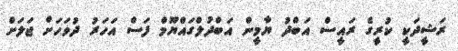
ރަޝީދަކީ ކުރީގެ ރައީސް އަބްދު ޔާމީން އަބްދުލްގައްޔޫމް ފަސް އަހަރު ދުވަހަށް ޖަލަށް